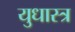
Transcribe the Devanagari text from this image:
युधास्त्र